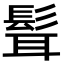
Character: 髶